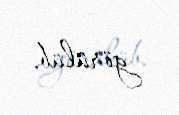
görülüb.